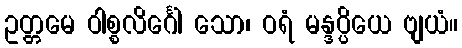
ဥတ္တမေ ဝါစ္စလိင်္ဂေါ သော၊ ဝရံ မန္ဒပ္ပိယေ ဗျယံ။